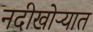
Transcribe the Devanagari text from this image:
नदीखोऱ्यात